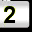
Digit: 2